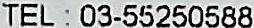
TEL : 03-55250588